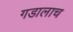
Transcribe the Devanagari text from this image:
गडालाच